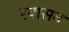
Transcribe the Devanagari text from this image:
रयासन